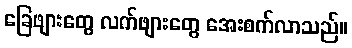
ခြေဖျားတွေ လက်ဖျားတွေ အေးစက်လာသည်။